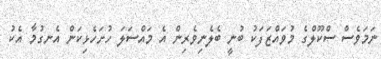
ނަމަވެސް ސްކޫލްގެ މުވައްޒަފަކު ބުނީ ބެލެނިވެރިން އެ މައްސަލަ ހުށަހެޅިކަން އެނގުމާ އެކު